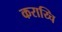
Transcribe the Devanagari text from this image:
कराय्चि